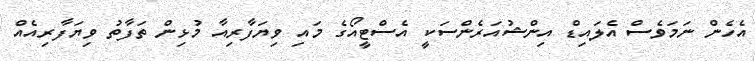
އެހެން ނަމަވެސް އެލައިޑް އިންޝުއަރެންސަކީ އެސްޓީއޯގެ މައި ވިޔަފާރިއާ މުޅިން ތަފާތު ވިޔަފާރިއެއް